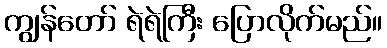
ကျွန်တော် ရဲရဲကြီး ပြောလိုက်မည်။